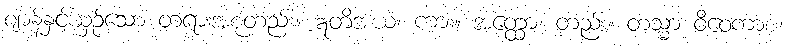
ဈာန်နှင့်ယှဉ်သော တရားအစုတည်း။ ဣတိအယံ၊ ကား။ အတ္ထော၊ တည်း။ တသ္မာ ဝိဝေကာစ၊